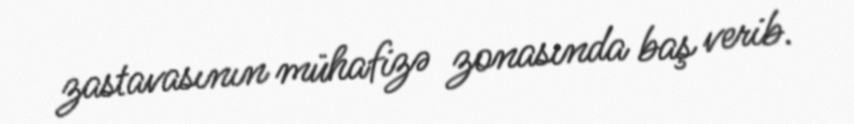
zastavasının mühafizə zonasında baş verib.